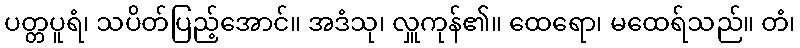
ပတ္တပူရံ၊ သပိတ်ပြည့်အောင်။ အဒံသု၊ လှူကုန်၏။ ထေရော၊ မထေရ်သည်။ တံ၊